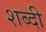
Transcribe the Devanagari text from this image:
शब्दी